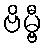
ဗိမ္ဗီ